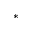
^ *